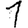
Digit: 1